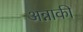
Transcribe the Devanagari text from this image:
अन्नाकी